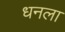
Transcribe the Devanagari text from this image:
धनला